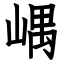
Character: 嵎